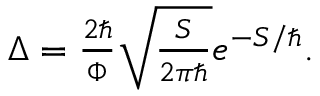
\begin{array} { r } { \Delta = \frac { 2 \hbar } { \Phi } \sqrt { \frac { S } { 2 \pi \hbar } } e ^ { - S / \hbar } . } \end{array}